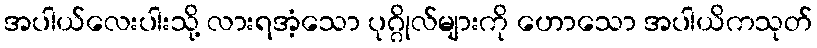
အပါယ်လေးပါးသို့ လားရအံ့သော ပုဂ္ဂိုလ်များကို ဟောသော အပါယိကသုတ်